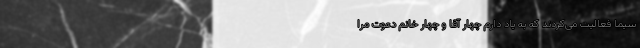
سیما فعالیت می‌کردند که به یاد دارم چهار آقا و چهار خانم دعوت مرا